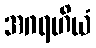
အဂရဟိယံ